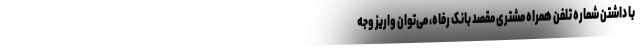
با داشتن شماره تلفن همراه مشتری مقصد بانک رفاه، می‌توان واریز وجه